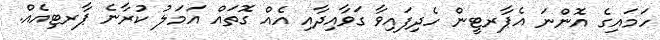
ހަމައިގެ އޮންނަ އެޕާރޓީން ހެދިފައިވާ ގަވާއިދާއި އެއް ގޮތައް އަމަލު ކުރާނެ ޕާރޓިއެއް.